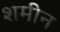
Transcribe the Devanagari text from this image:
शमीन